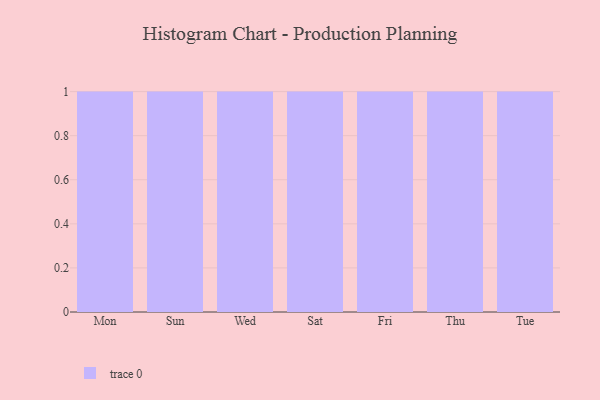
{"axis": {"x": "Day", "y": "Energy Usage (MWh)"}, "legend": [""], "data": [{"x": "Mon", "y": 3, "type": ""}, {"x": "Sun", "y": 69, "type": ""}, {"x": "Wed", "y": 46, "type": ""}, {"x": "Sat", "y": 66, "type": ""}, {"x": "Fri", "y": 10, "type": ""}, {"x": "Thu", "y": 49, "type": ""}, {"x": "Tue", "y": 19, "type": ""}]}